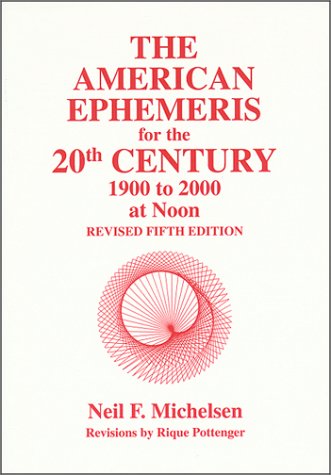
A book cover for American Ephemeris for the 20th Century: 1900 to 2000 at Noon; Neil F. Michelsen; Reference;